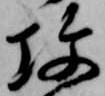
攻